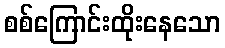
စစ်ကြောင်းထိုးနေသော